Statistical return of the lunatic asylum in Assam - 1912-1932
Year: 1912
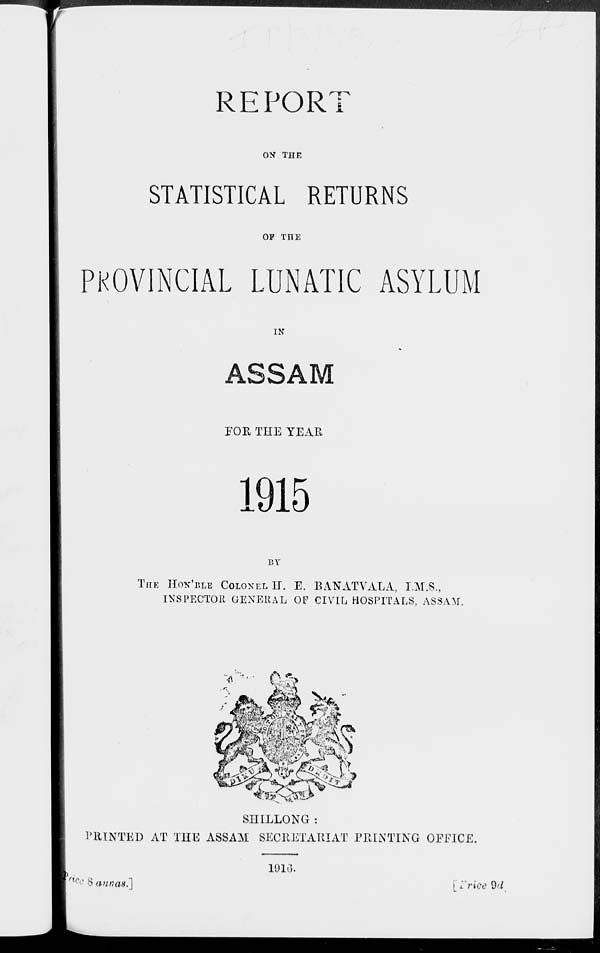
REPORT
ON THE
STATISTICAL RETURNS
OP THE
PKOVINCIAL LUNATIC ASYLUM
IN
ASSAM
FOR THE YEAR
1915
BY
THE HON'BLE COLONEL IT. E. BANATVALA, I.M.S.,
INSPECTOR GENERAL OF CIVIL HOSPITALS, ASSAM.
J^
u
SHILLONG :
PRINTED AT THE ASSAM SECRETARIAT PRINTING OFFICE.
191ii.
'KcSannaa.]
I Trice 9<l